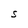
Character: S